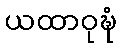
ယထာဝုဍ္ဎံ